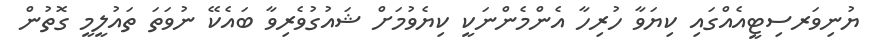
ޔުނިވަރސިޓީއެއްގައި ކިޔަވާ ހުރިހާ އެންމެންނަކީ ކިޔެވުމަށް ޝައުގުވެރިވާ ބައެކޭ ނުވަތަ ތައުލީމީ ގޮތުން